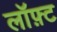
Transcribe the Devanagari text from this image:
लॉफ़्ट